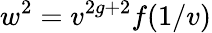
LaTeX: w^{2}=v^{2g+2}f(1/v)